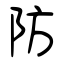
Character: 防